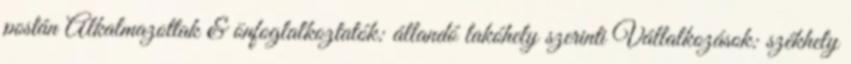
postán Alkalmazottak & önfoglalkoztatók: állandó lakóhely szerinti Vállalkozások: székhely